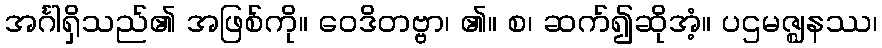
အင်္ဂါရှိသည်၏ အဖြစ်ကို။ ဝေဒိတဗ္ဗာ၊ ၏။ စ၊ ဆက်၍ဆိုအံ့။ ပဌမဇ္ဈနဿ၊